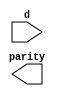
//
// lab2 : version 09/04/2012
//                  
`timescale 1ns / 1ps
//////////////////////////////////////////////////////////////////////////////////
//////////////////////////////////////////////////////////////////////////////////
module op_4bit(
    input [3:0] d,
    output parity
    );

	// design parity as sum of products

endmodule